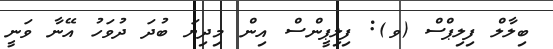
ބިލާލް ފިލިޕްސް (ވ): ފިލިޕީންސް އިން މިދިޔަ ބުދަ ދުވަހު އޭނާ ވަނީ